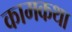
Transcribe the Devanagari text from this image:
कामकथा